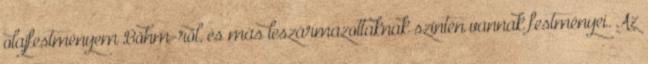
olajfestményem Böhm-ről, és más leszármazottaknak szintén vannak festményei. Az